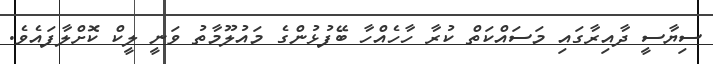
ސިޔާސީ ދާއިރާގައި މަސައްކަތް ކުރާ ހާހެއްހާ ބޭފުޅުންގެ މައުލޫމާތު ވަނީ ލީކް ކޮށްލާފައެވެ.